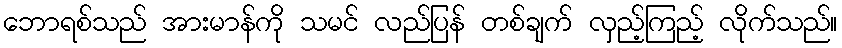
ဘောရစ်သည် အားမာန်ကို သမင် လည်ပြန် တစ်ချက် လှည့်ကြည့် လိုက်သည်။